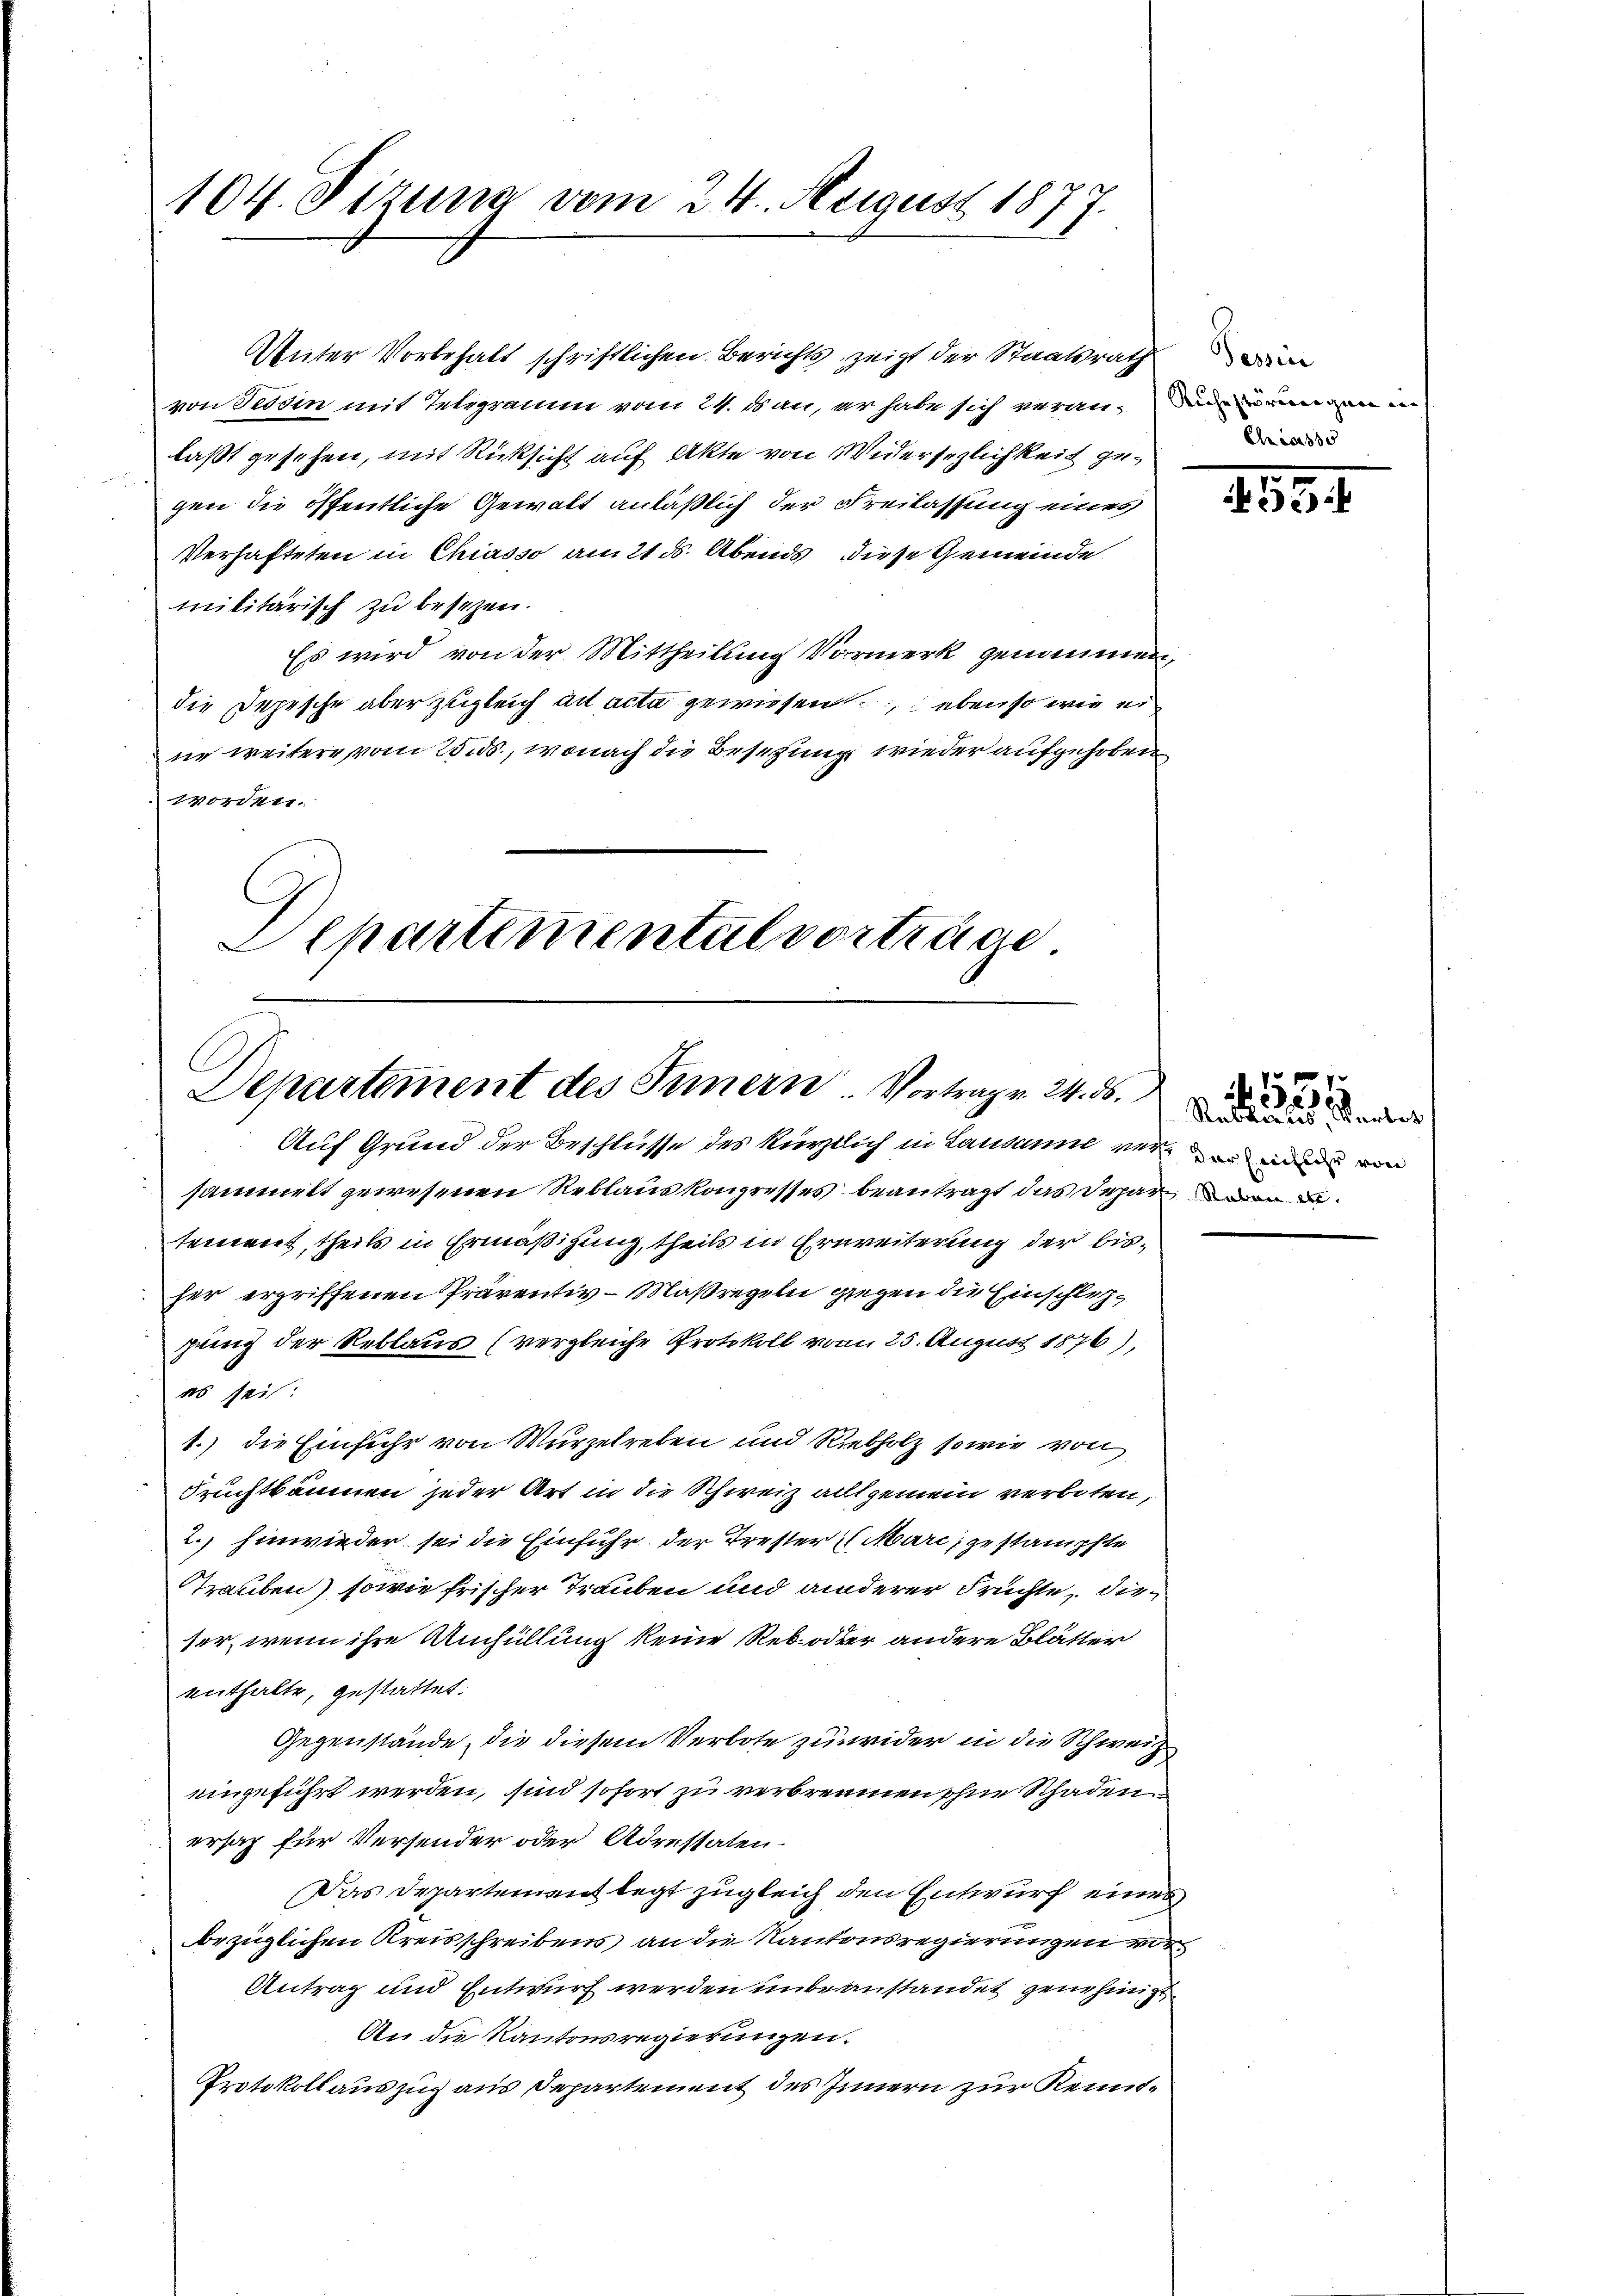
104. Tizung vom 24. August 1877.

Unter Vorbehalt schriftlichen Berichts zeigt der Staatsrath
von Tessin mit Telegramm vom 24. dan, er habe sich veranderen eineren in
laßt gesehen, mit Rücksicht auf Akte von Widersezlichkeit ge¬
.
gen die öffentliche Gewalt anläßlich der Freilassung eines
Verhafteten in Chiasso am 21. ds. Abends diese Gemeinde
militärisch zu besezen.
Es wird von der Mittheilung Vormerk genommen,
die Depesche aber zugleich ad acta gewiesen, ebenso wie ei
ne weitere vom 25. ds., wonach die Besetzung wieder aufgehoben
ordnet.

Departemental vorträge

C
Departement des Innern. Vortrag v. 24. ds.
Auf Grund der Beschlüsse des kürztlich in Lausanne vermin von

Tessin
Chiasso

sammelt gewesenen Reblauskongresses beantragt das Depar
tement, theils in Ermäßigung, theils in Erweiterung der bisher ergriffenen Präventiv-Maßregeln gegen die Einschlehgung der Reblaus (vergleiche Protokoll vom 25. August 1876),
 v. J.
1.) die Einführ von Wurzelreben und Riebholz so wie von
Fruchtbäumen jeder Art in die Schweiz allgemein verboten,
2.) hinwieder sei die Einfuhr der Trester Marc gestampfte
Trauben) sowie frischer Trauben und anderer Früchte, dieser, wenn ihre Umhüllung keine Reb- oder andere Blätter
enthalte, gestattet.
Gegenstände, die diesem Verbote zuwider in die Schweiz
eingeführt werden, sind sofort zu verbrennen ohne Schaden
ersag für Versender oder Adrestaten.
Das Departement legt zugleich den Entwurf eines
bezüglichen Kreisschreiben an die Kantonsregierungen vor¬
Antrag und Entwurf werden unbeanstandet genehmigt
An die Kantonsregierungen.
Protokollauszug aus Departement des Innern zur Kennt¬

81534.

Reblances, Verlet

53.